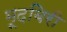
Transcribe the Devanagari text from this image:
मूदबिरी